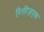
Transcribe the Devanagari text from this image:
रिलीज़एक